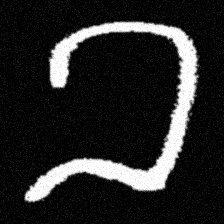
Pyu character \u2014 Myanmar letter: ခ (romanized: kha)